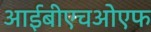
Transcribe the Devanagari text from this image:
आईबीएचओएफ